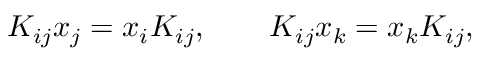
K _ { i j } x _ { j } = x _ { i } K _ { i j } , \qquad K _ { i j } x _ { k } = x _ { k } K _ { i j } ,